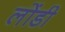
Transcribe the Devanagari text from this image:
लोंडी